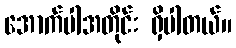
အောက်ပါအတိုင်း ရှိပါတယ်။